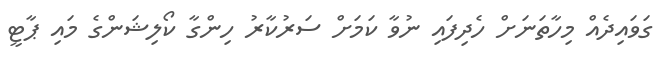
ގަވައިދެއް މިހާތަނަށް ހެދިފައި ނުވާ ކަމަށް ސަރުކާރު ހިންގާ ކޯލިޝަންގެ މައި ޕާޓީ